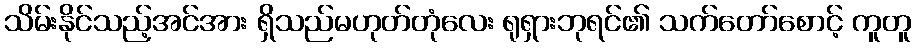
သိမ်းနိုင်သည့်အင်အား ရှိသည်မဟုတ်တုံလေး ရုရှားဘုရင်၏ သက်တော်စောင့် ကူတူ